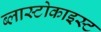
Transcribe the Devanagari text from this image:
ब्लास्टोकाइस्ट